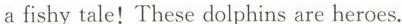
a fishy tale!These dolphins are heroes.